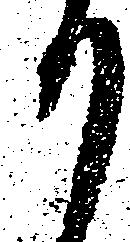
か